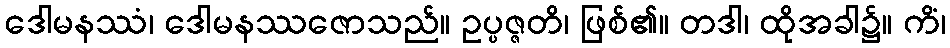
ဒေါမနဿံ၊ ဒေါမနဿဇောသည်။ ဥပ္ပဇ္ဇတိ၊ ဖြစ်၏။ တဒါ၊ ထိုအခါ၌။ ကိံ၊